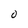
Character: O